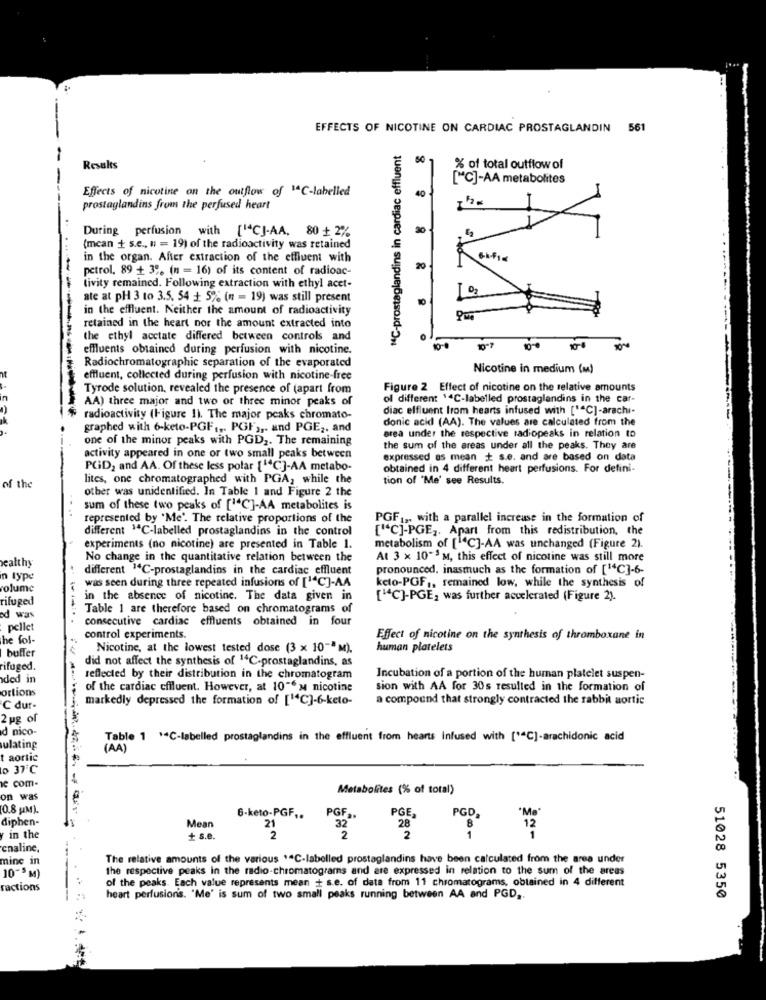
EFFECTS OF NICOTINE ON CARDIAC PROSTAGLANDIN 561
"C-prostaglandins in cardiac effluent
-
Results
% of total outflow of
["C]-AA metabolites
Effects of nicotine on the outflow of 1ªC-labelled
40
prostaglandins from the perfused heart
During perfusion with [14CJ-AA, 80 + 2%
{mcan + s.e ., n = 19) of the radioactivity was retained
in the organ. After extraction of the effluent with
petrol, 89 + 3. (n = 16) of its content of radioac-
20
tivity remained. Following extraction with ethyl acet-
ate at pH 3 to 3.5. 54 + 5% (n = 19) was still present
in the effluent. Neither the amount of radioactivity
retained in the heart nor the amount extracted into
the ethyl acetate differed between controls and
effluents obtained during perfusion with nicotine.
10-7
Radiochromatographic separation of the evaporated
Nicotine in medium (M)
effluent, collected during perfusion with nicotine-free
Tyrode solution, revealed the presence of (apart from
Figure 2 Effect of nicotine on the relative amounts
AA) three major and two or three minor peaks of
of different $4C-labelled prostaglandins in the car-
diac elfluent trom hearts infused with ['"C]-arachi-
$ radioactivity (Figure 1). The major peaks chromato-
donic acid (AA). The values are calculated from the
graphed with 6-keto-PGF .,. PGF ,,. and PGE ,. and
one of the minor peaks with PGD2. The remaining
area under the respective radiopeaks in relation to
the sum of the areas under all the peaks. They are
activity appeared in one or two small peaks between
expressed as mean + s.e. and are based on data
-
PCID2 and AA. Of these less polar [""C]-AA metabo-
obtained in 4 different heart perfusions. For defini-
lites, one chromatographed with PGA, while the
tion of "Me' see Results.
of the
other was unidentified. In Table 1 and Figure 2 the
sum of these two peaks of [14C]-AA metabolites is
represented by "Me'. The relative proportions of the
PGF1, with a parallel increase in the formation of
different 1ªC-labelled prostaglandins in the control
["C]-PGE ,. Apart from this redistribution, the
experiments (no nicotine) are presented in Table 1.
metabolism of [ C]-AA was unchanged (Figure 2).
wealthy
No change in the quantitative relation between the
At 3 x 10" M, this effect of nicotine was still more
different "C-prostaglandins in the cardiac effluent
pronounced. inasmuch as the formation of [1C]-6-
in type
olume
was seen during three repeated infusions of [14C]-AA
keto-PGF ,, remained low, while the synthesis of
rifuged
in the absence of nicotine. The data given in
["C]-PGE, was further accelerated (Figure 2).
Table 1 are therefore based on chromatograms of
ed was
consecutive cardiac effluents obtained in four
pellet
he fol-
control experiments.
Effect of nicotine on the synthesis of thromboxane in
buffer
Nicotine, at the lowest tested dose (3 x 10- M).
human platelets
did not affect the synthesis of 14C-prostaglandins, as
ifuged.
ded in
reflected by their distribution in the chromatogram
Incubation of a portion of the human platelet suspen-
ortions
of the cardiac cffluent. However, at 10"em nicotine
sion with AA for 30s resulted in the formation of
markedly depressed the formation of [14C]-6-keto-
a compound that strongly contracted the rabbit aortic
C dur-
2 pg of
d nico-
Table 1 *C-labelled prostaglandins in the effluent from hearts Infused with [ ** C]-arachidonic acid
ulating
aortic
o 37℃
e com-
Metabolites (% of total)
on was
(0.8 UM).
PGE,
diphen-
6-keto-PGF ..
PGF ..
PGD,
------------
Mean
21
32
28
8
12
y in the
+ s.e.
2
2
2
1
cnaline,
mine in
The relative amounts of the various \"C-labelled prostaglandins have been calculated from the area under
the respective peaks in the radio-chromatograms and are expressed in relation to the sum of the areas
10-5 M)
of the peaks. Each value represents mean + s.e. of data from 11 chromatograms, obtained in 4 different
ractions
heart perfusions. "Me' is sum of two small peaks running between AA and PGD ..
51028 5350